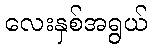
လေးနှစ်အရွယ်